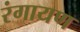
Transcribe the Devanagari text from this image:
रंगायण